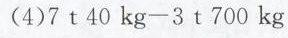
(4)$$7 t 4 0 k g - 3 t 7 0 0 k g$$